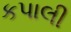
કપાલી